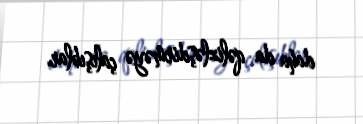
daha da qəlizləşdirməyə çalışıblar.